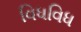
વિધવિધ